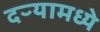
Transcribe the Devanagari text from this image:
दऱ्यामध्ये